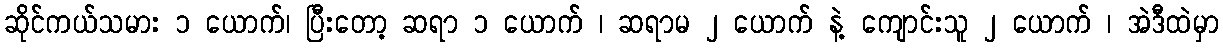
ဆိုင်ကယ်သမား ၁ ယောက်၊ ပြီးတော့ ဆရာ ၁ ယောက် ၊ ဆရာမ ၂ ယောက် နဲ့ ကျောင်းသူ ၂ ယောက် ၊ အဲဒီထဲမှာ